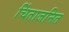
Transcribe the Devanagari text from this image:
चिंताजनित